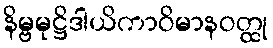
နိမ္ဗမုဋ္ဌိဒါယိကာဝိမာနဝတ္ထု